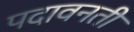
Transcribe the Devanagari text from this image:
पदावनती